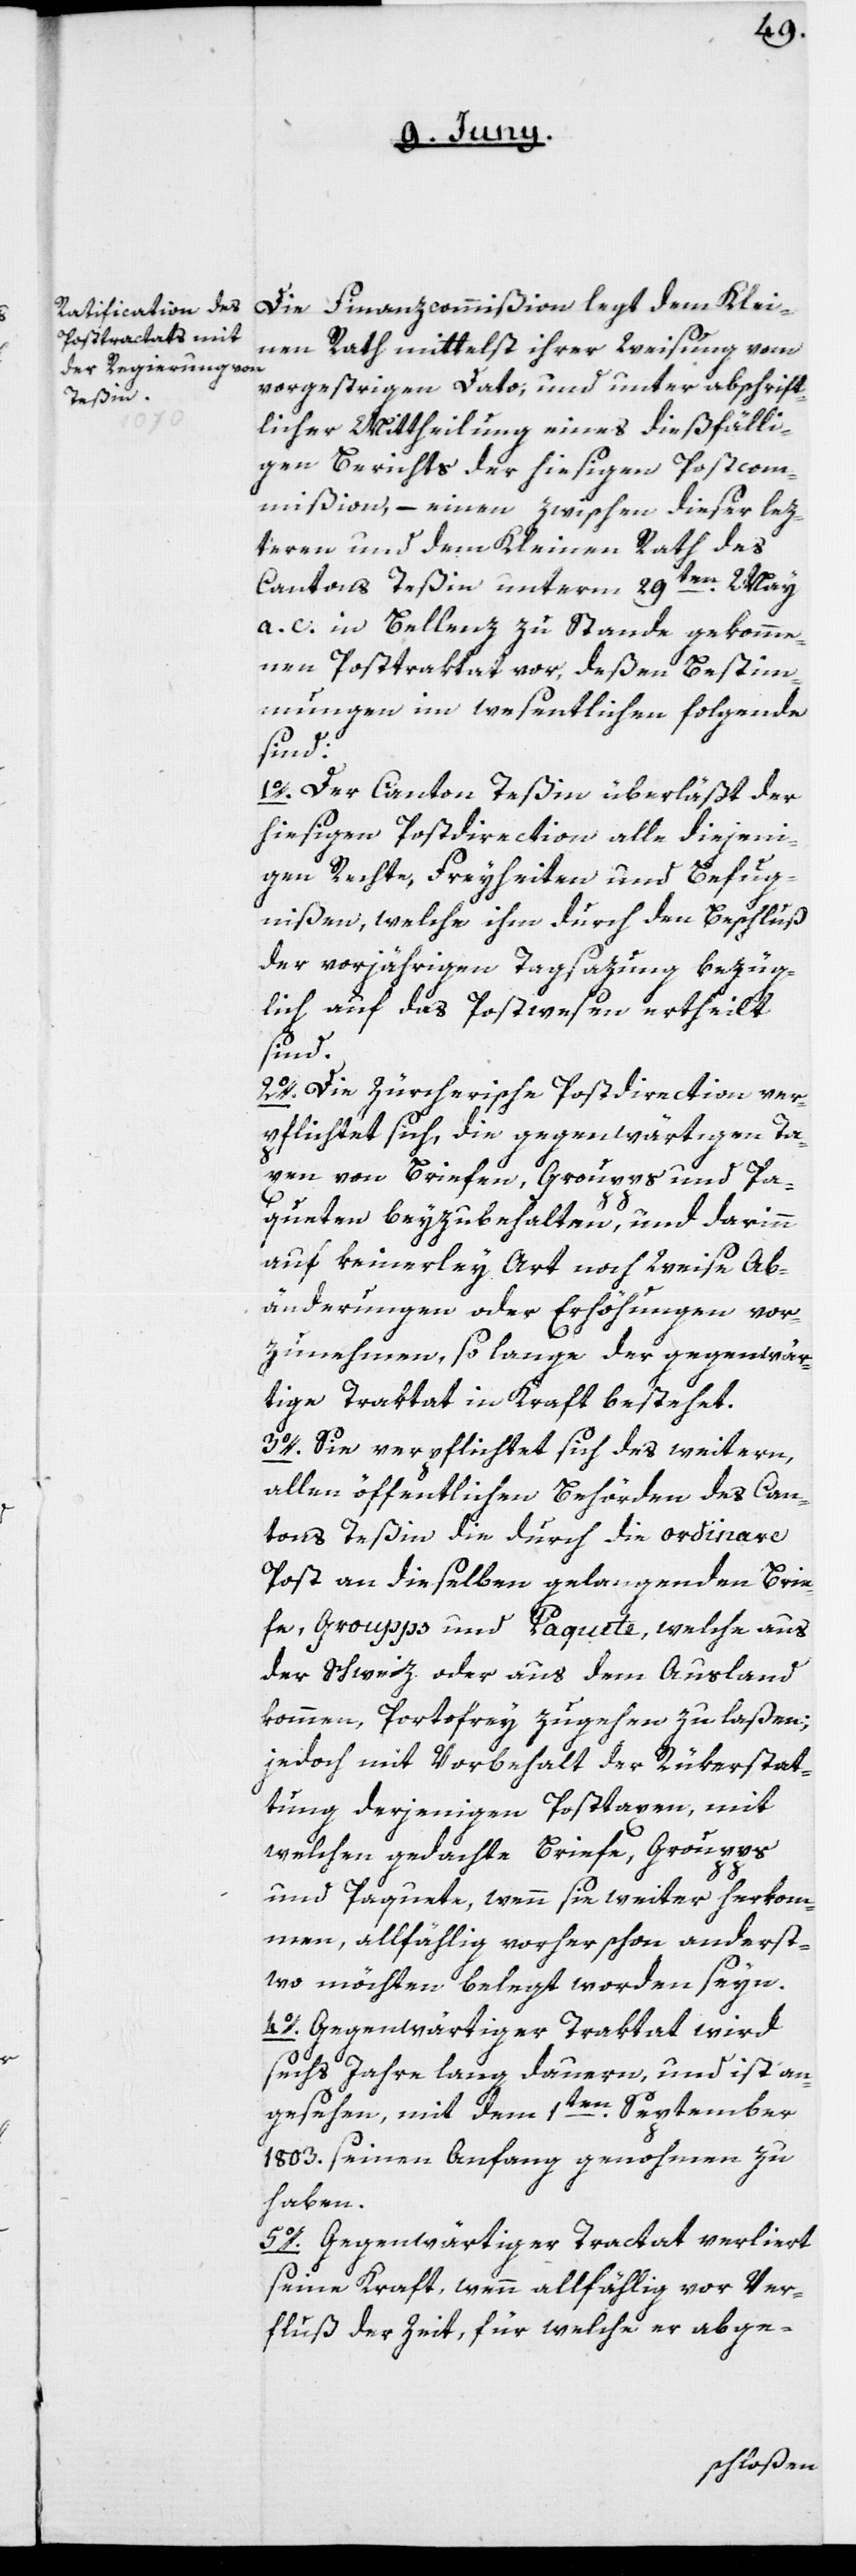
Die Finanzcommißion legt dem Klei¬
nen Rath mittelst ihrer Weisung vom
vorgestrigen Dato, und unter abschrift¬
licher Mittheilung eines dießfälli¬
gen Berichts der hiesigen Postcom¬
mißion, – einen zwischen dieser lez¬
teren und dem Kleinen Rath des
Cantons Teßin unterm 29ten May
a. c. in Bellenz zu Stande gekomme¬
nen Posttraktat vor, deßen Bestim¬
mungen im wesentlichen folgende
sind:
1o. Der Canton Teßin überläßt der
hiesigen Postdirection alle diejeni¬
gen Rechte, Freyheiten und Befug¬
nißen, welche ihm durch den Beschluß
der vorjährigen Tagsazung bezüg¬
lich auf das Postwesen ertheilt
sind.
2o. Die Zürcherische Postdirection ver¬
pflichtet sich, die gegenwärtigen Ta¬
xen von Briefen, Groupps und Pa¬
queten beyzubehalten, und darinn
auf keinerley Art noch Weise Ab¬
änderungen oder Erhöhungen vor¬
zunehmen, solange der gegenwär¬
tige Traktat in Kraft bestehet.
3o. Sie verpflichtet sich des weitern,
allen öffentlichen Behörden des Can¬
tons Teßin die durch die ordinare
Post an dieselben gelangenden Brie¬
fe, Groupps und Paquete, welche aus
der Schweiz oder aus dem Ausland
kommen, Portofrey zugehen zu laßen;
jedoch mit Vorbehalt der Rükerstat¬
tung derjenigen Posttaxen, mit
welchen gedachte Briefe, Groupps
und Paquete, wenn sie weiter herkom¬
men, allfählig vorher schon anderst¬
wo möchten belegt worden seyn.
4o. Gegenwärtiger Traktat wird
sechs Jahre lang dauern, und ist an¬
gesehen, mit dem 1ten
September
1803. seinen Anfang genohmen zu
haben.
5o. Gegenwärtiger Tractat verliert
seine Kraft, wenn allfählig vor Ver¬
fluß der Zeit, für welche er abge-